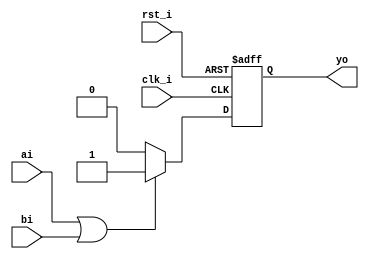
module eqn2
    (
        input  clk_i,
        input  rst_i,
        input  ai,
        input  bi,
        output yo
    );
    reg test;
    always @ (posedge clk_i or posedge rst_i) begin
        if (rst_i) begin
            test <= 1'b0;
        end else begin
            if (ai|bi) begin
                test <= 1'b1;
            end else begin
                test <= 1'b0;
            end
        end
    end
   assign yo = test;
endmodule